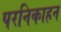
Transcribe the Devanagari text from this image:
परनिकाहन